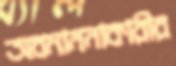
অবমাননাকারীর